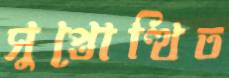
সুপ্তোত্থিত